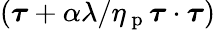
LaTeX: (\boldsymbol{\tau}+\alpha\lambda/\eta_{\mathrm{~p~}}\boldsymbol{\tau}\cdot\boldsymbol{\tau})